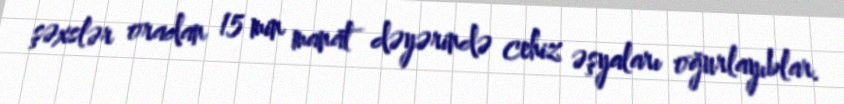
şəxslər oradan 15 min manat dəyərində cehiz əşyaları oğurlayıblar.